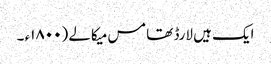
ایک ہیں لارڈ تھامس میکالے (۱۸٠٠ء ۔